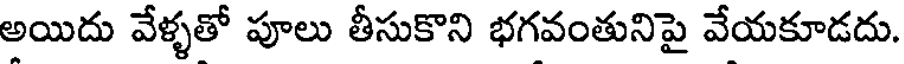
అయిదు వేళ్ళతో పూలు తీసుకొని భగవంతునిపై వేయకూడదు.